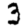
Digit: 3